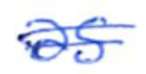
Text: as
Cross-out: mix
Writing tool: ballpoint